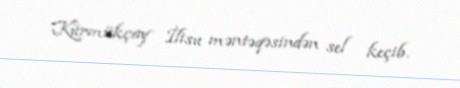
Kürmükçay İlisu məntəqəsindən sel keçib.